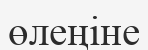
өлеңіне